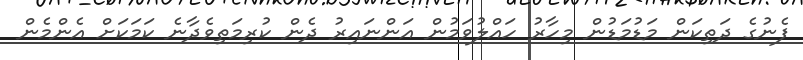
ފެނުގެ ދަތިކަން މަޑުމަޑުން މިހާރު ހައްލުވަމުން އަންނައިރު ދެން ކުރިމަތިވެދާނެ ކަމަކަށް އެންމެން